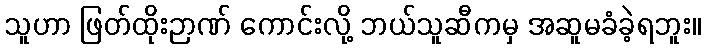
သူဟာ ဖြတ်ထိုးဉာဏ် ကောင်းလို့ ဘယ်သူဆီကမှ အဆူမခံခဲ့ရဘူး။